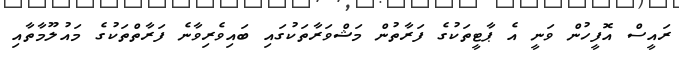
ރައީސް އޮފީހުން ވަނީ އެ ޕާޓީތަކުގެ ފަރާތުން މަޝްވަރާތަކުގައި ބައިވެރިވާނެ ފަރާތްތަކުގެ މައުލޫމާތާއި